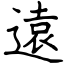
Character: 遠